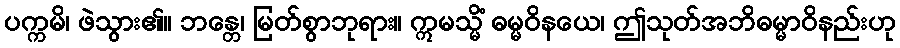
ပက္ကမိ၊ ဖဲသွား၏။ ဘန္တေ၊ မြတ်စွာဘုရား။ ဣမသ္မိံ ဓမ္မဝိနယေ၊ ဤသုတ်အဘိဓမ္မာဝိနည်းဟု